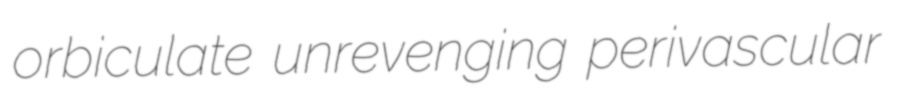
orbiculate unrevenging perivascular